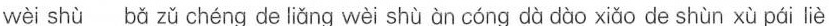
wèi shù bǎ zǔ chéng de liǎng wèi shǜ àn cóng dà dào xiǎo de shùn xù pái liè